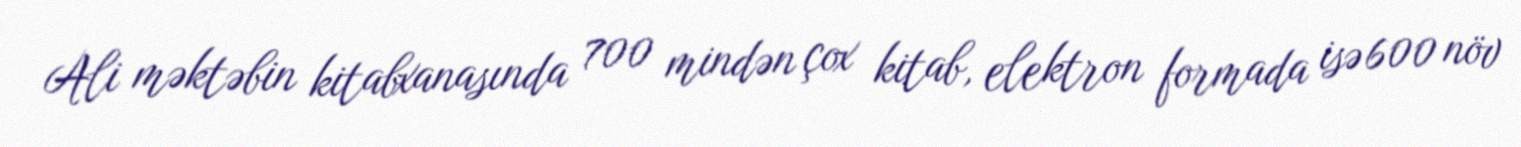
Ali məktəbin kitabxanasında 700 mindən çox kitab, elektron formada isə 600 növ